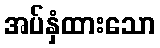
အပ်နှံထားသော